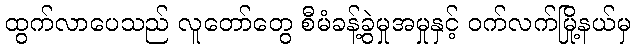
ထွက်လာပေသည် လူတော်တွေ စီမံခန့်ခွဲမှုအမှုနှင့် ဝက်လက်မြို့နယ်မှ